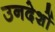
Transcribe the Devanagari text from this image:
उनदेशों